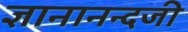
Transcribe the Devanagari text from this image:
ज्ञानानन्दजी